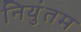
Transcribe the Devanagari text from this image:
नियुंतम